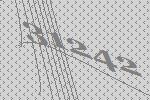
31242